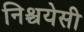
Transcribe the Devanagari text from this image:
निश्चयेसी